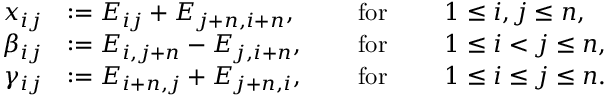
\begin{array} { r l r l r l } { x _ { i j } } & { : = E _ { i j } + E _ { j + n , i + n } , } & & { \mathrm { ~ f o r ~ } } & & { 1 \leq i , j \leq n , } \\ { \beta _ { i j } } & { : = E _ { i , j + n } - E _ { j , i + n } , } & & { \mathrm { ~ f o r ~ } } & & { 1 \leq i < j \leq n , } \\ { \gamma _ { i j } } & { : = E _ { i + n , j } + E _ { j + n , i } , } & & { \mathrm { ~ f o r ~ } } & & { 1 \leq i \leq j \leq n . } \end{array}